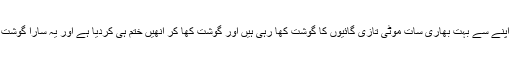
خواب میں اس نے دیکھا کہ سات دبلی گائیں ہیں جو اپنے سے بہت بھاری سات موٹی تازی گائیوں کا گوشت کھا رہی ہیں اور گوشت کھا کر انھیں ختم ہی کردیا ہے اور یہ سارا گوشت چٹ کر جانے کے بعد بھی وہ دبلی کی دبلی ہی ہیں۔